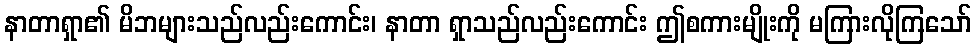
နာတာရှာ၏ မိဘများသည်လည်းကောင်း၊ နာတာ ရှာသည်လည်းကောင်း ဤစကားမျိုးကို မကြားလိုကြသော်